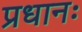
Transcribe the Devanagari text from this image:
प्रधानः